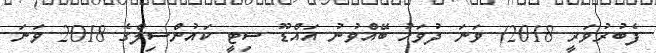
ފެބުރުވަރީ 2018) ވަނަ ދުވަހު ބޭއްވުނު އައްޑޫ ސިޓީ ކައުންސިލްގެ 2018 ވަނަ